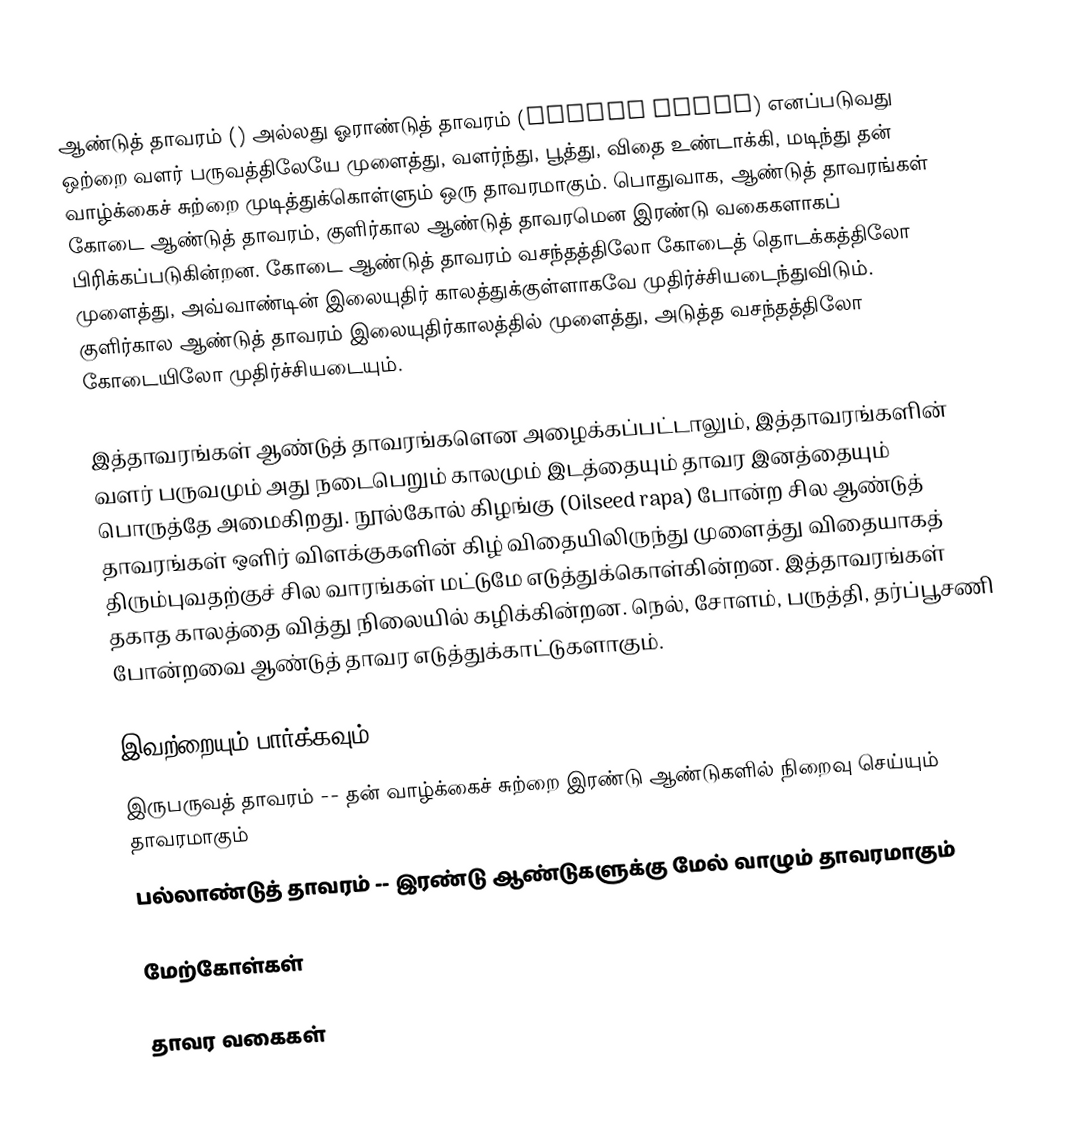
ஆண்டுத் தாவரம் () அல்லது ஓராண்டுத் தாவரம் (Annual plant) எனப்படுவது ஒற்றை வளர் பருவத்திலேயே முளைத்து, வளர்ந்து, பூத்து, விதை உண்டாக்கி, மடிந்து தன் வாழ்க்கைச் சுற்றை முடித்துக்கொள்ளும் ஒரு தாவரமாகும். பொதுவாக, ஆண்டுத் தாவரங்கள் கோடை ஆண்டுத் தாவரம், குளிர்கால ஆண்டுத் தாவரமென இரண்டு வகைகளாகப் பிரிக்கப்படுகின்றன. கோடை ஆண்டுத் தாவரம் வசந்தத்திலோ கோடைத் தொடக்கத்திலோ முளைத்து, அவ்வாண்டின் இலையுதிர் காலத்துக்குள்ளாகவே முதிர்ச்சியடைந்துவிடும். குளிர்கால ஆண்டுத் தாவரம் இலையுதிர்காலத்தில் முளைத்து, அடுத்த வசந்தத்திலோ கோடையிலோ முதிர்ச்சியடையும்.

இத்தாவரங்கள் ஆண்டுத் தாவரங்களென அழைக்கப்பட்டாலும், இத்தாவரங்களின் வளர் பருவமும் அது நடைபெறும் காலமும் இடத்தையும் தாவர இனத்தையும் பொருத்தே அமைகிறது. நூல்கோல் கிழங்கு (Oilseed rapa) போன்ற சில ஆண்டுத் தாவரங்கள் ஒளிர் விளக்குகளின் கிழ் விதையிலிருந்து முளைத்து விதையாகத் திரும்புவதற்குச் சில வாரங்கள் மட்டுமே எடுத்துக்கொள்கின்றன. இத்தாவரங்கள் தகாத காலத்தை வித்து நிலையில் கழிக்கின்றன. நெல், சோளம், பருத்தி, தர்ப்பூசணி போன்றவை ஆண்டுத் தாவர எடுத்துக்காட்டுகளாகும்.

இவற்றையும் பார்க்கவும்
 இருபருவத் தாவரம் -- தன் வாழ்க்கைச் சுற்றை இரண்டு ஆண்டுகளில் நிறைவு செய்யும் தாவரமாகும்
 பல்லாண்டுத் தாவரம் -- இரண்டு ஆண்டுகளுக்கு மேல் வாழும் தாவரமாகும்

மேற்கோள்கள்

தாவர வகைகள்